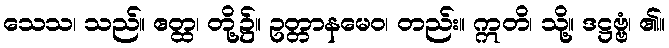
သေသ၊ သည်။ ဧတ္ထ၊ တို့၌။ ဥတ္တာနမေဝ၊ တည်း။ ဣတိ၊ သို့။ ဒဋ္ဌဗ္ဗံ၊ ၏။